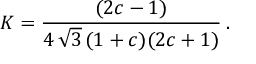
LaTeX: K = \frac { ( 2 c - 1 ) } { 4 \, \sqrt { 3 } \, ( 1 + c ) ( 2 c + 1 ) } \: .